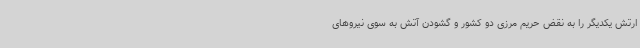
ارتش یکدیگر را به نقض حریم مرزی دو کشور و گشودن آتش به سوی نیروهای